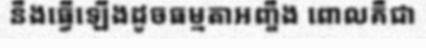
នឹងធ្វើឡើងដូចធម្មតាអញ្ចឹង ពោលគឺជា